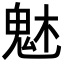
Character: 𩲙